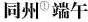
同州^{①}端午